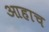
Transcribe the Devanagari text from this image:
आहाच